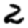
Digit: 2